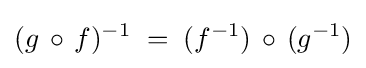
(g\,\circ \,f)^{-1}\;=\;(f^{-1})\,\circ \,(g^{-1})